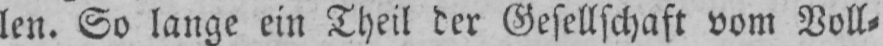
len. So lange ein Theil der Gesellschaft vom Voll⸗